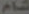
شام